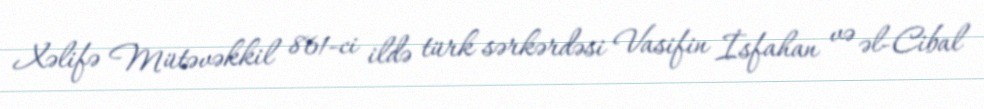
Xəlifə Mütəvəkkil 861-ci ildə türk sərkərdəsi Vasifin İsfahan və əl-Cibal